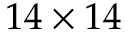
1 4 \times 1 4